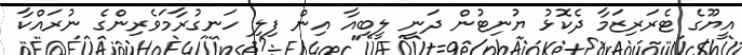
އީޔޫގެ ޓެރަރިޒަމާ ދެކޮޅު ޔުނިޓުން ދަނީ ލީބިއާ އިން ފިލި ހަނގުރާމަވެރިންގެ ނުރައްކާ